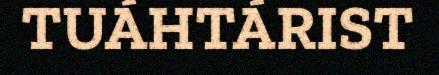
TUÁHTÁRIST